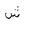
Letter: _shin